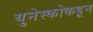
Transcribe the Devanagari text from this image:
युनेस्कोकडून